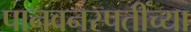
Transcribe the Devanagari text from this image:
पानवनस्पतींच्या